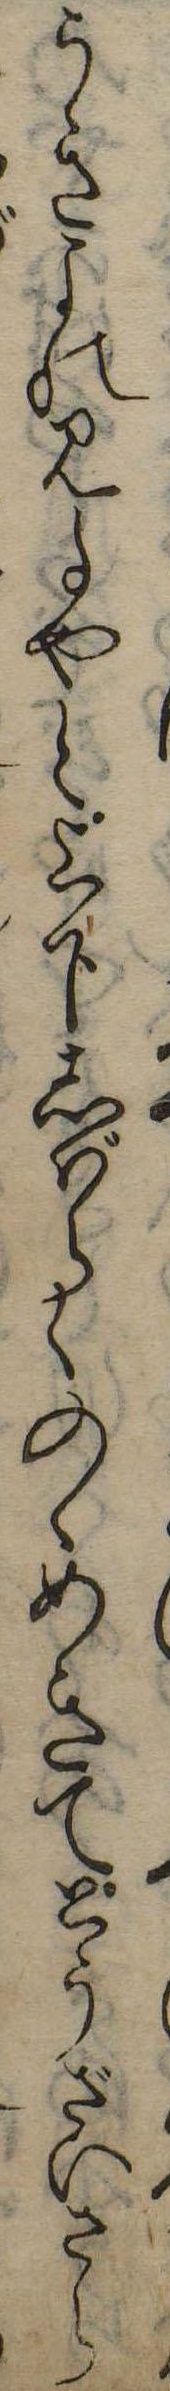
うきよの見事やと上下しばらくのゝめきてとうざいさら